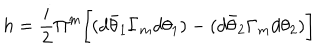
h = { \frac { i } { 2 } } \Pi ^ { m } \biggl [ ( d \bar { \theta } _ { 1 } \Gamma _ { m } d \theta _ { 1 } ) - ( d \bar { \theta } _ { 2 } \Gamma _ { m } d \theta _ { 2 } ) \biggr ]